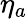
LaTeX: \eta_{a}